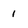
Character: 1